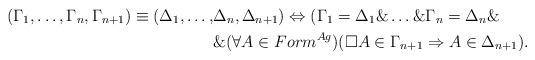
LaTeX: \begin{align*}(\Gamma_1,\ldots, \Gamma_n, \Gamma_{n + 1}) \equiv(\Delta_1,\ldots,& \Delta_n, \Delta_{n + 1}) \Leftrightarrow(\Gamma_1 = \Delta_1 \& \ldots \& \Gamma_n = \Delta_n\&\\ &\& (\forall A \in Form^{Ag})(\Box A \in \Gamma_{n + 1} \Rightarrow A\in \Delta_{n + 1}).\end{align*}